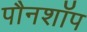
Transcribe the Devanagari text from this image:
पौनशॉप